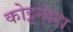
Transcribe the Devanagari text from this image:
कोट्टनारा